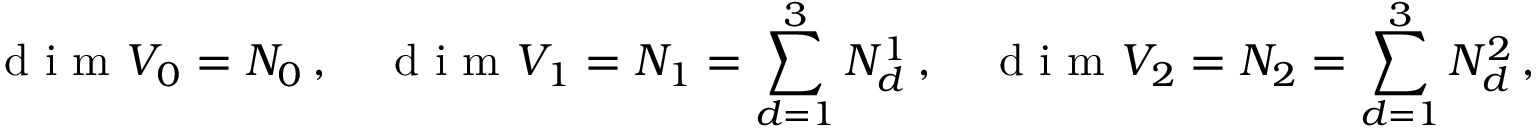
\textnormal { d i m } V _ { 0 } = N _ { 0 } \, , \quad \textnormal { d i m } V _ { 1 } = N _ { 1 } = \sum _ { d = 1 } ^ { 3 } N _ { d } ^ { 1 } \, , \quad \textnormal { d i m } V _ { 2 } = N _ { 2 } = \sum _ { d = 1 } ^ { 3 } N _ { d } ^ { 2 } \, , \quad \textnormal { d i m } V _ { 3 } = N _ { 3 } \, .